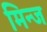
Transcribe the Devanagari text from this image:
मिन्ज